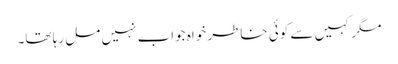
مگر کہیں سے کوئی خاطر خواہ جواب نہیں مل رہا تھا۔